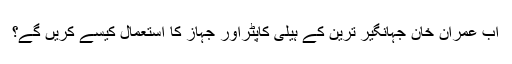
اب عمران خان جہانگیر ترین کے ہیلی کاپٹراور جہاز کا استعمال کیسے کریں گے؟